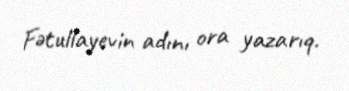
Fətullayevin adını ora yazarıq.